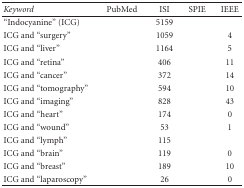
<table><thead><tr><td><b><i>Keyword</i></b></td><td><b> PubMed</b></td><td><b> ISI</b></td><td><b> SPIE</b></td><td><b> IEEE</b></td></tr></thead><tbody><tr><td>“Indocyanine” (ICG)</td><td>[EMPTY_CELL]</td><td> 5159</td><td>[EMPTY_CELL]</td><td>[EMPTY_CELL]</td></tr><tr><td>ICG and “surgery”</td><td>[EMPTY_CELL]</td><td> 1059</td><td>[EMPTY_CELL]</td><td> 4</td></tr><tr><td>ICG and “liver”</td><td>[EMPTY_CELL]</td><td> 1164</td><td>[EMPTY_CELL]</td><td> 5</td></tr><tr><td>ICG and “retina”</td><td>[EMPTY_CELL]</td><td> 406</td><td>[EMPTY_CELL]</td><td> 11</td></tr><tr><td>ICG and “cancer”</td><td>[EMPTY_CELL]</td><td> 372</td><td>[EMPTY_CELL]</td><td> 14</td></tr><tr><td>ICG and “tomography”</td><td>[EMPTY_CELL]</td><td> 594</td><td>[EMPTY_CELL]</td><td> 10</td></tr><tr><td>ICG and “imaging”</td><td>[EMPTY_CELL]</td><td> 828</td><td>[EMPTY_CELL]</td><td> 43</td></tr><tr><td>ICG and “heart”</td><td>[EMPTY_CELL]</td><td> 174</td><td>[EMPTY_CELL]</td><td> 0</td></tr><tr><td>ICG and “wound”</td><td>[EMPTY_CELL]</td><td> 53</td><td>[EMPTY_CELL]</td><td> 1</td></tr><tr><td>ICG and “lymph”</td><td>[EMPTY_CELL]</td><td> 115</td><td>[EMPTY_CELL]</td><td>[EMPTY_CELL]</td></tr><tr><td>ICG and “brain”</td><td>[EMPTY_CELL]</td><td> 119</td><td>[EMPTY_CELL]</td><td> 0</td></tr><tr><td>ICG and “breast”</td><td>[EMPTY_CELL]</td><td> 189</td><td>[EMPTY_CELL]</td><td> 10</td></tr><tr><td>ICG and “laparoscopy”</td><td>[EMPTY_CELL]</td><td> 26</td><td>[EMPTY_CELL]</td><td> 0</td></tr></tbody></table>